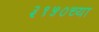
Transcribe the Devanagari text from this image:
३१५०च्या